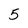
Character: 5